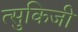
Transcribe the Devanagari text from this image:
त्सुकिजी